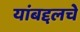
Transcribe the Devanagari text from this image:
यांबद्दलचे